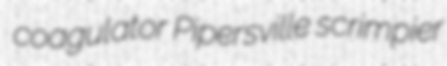
coagulator Pipersville scrimpier